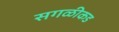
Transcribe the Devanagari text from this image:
सगळीकड